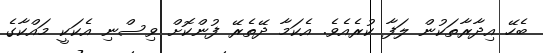
ބެހޭ އިދާރާތަކުން ލަފާ ކުރެއެވެ. އެކަމާ ދޭތެރޭ ފުންކޮށް ވިސްނި އެކަކީ މައްކާގެ